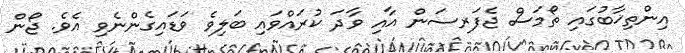
އިންތިޚާބުގައި ތޯމަސް ޖެފަރސަން އާއި ވާދަ ކުރައްވައި ބަލިވެ ވަޑައިގެންނެވި އެވެ. ޖޯން